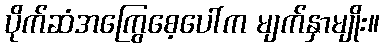
ပိုက်ဆံအကြွေစေ့ပေါ်က မျက်နှာမျိုး။